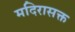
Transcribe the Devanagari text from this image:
मदिरासक्त